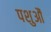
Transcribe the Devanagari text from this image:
पशुऔं